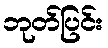
ဘုတ်ပြင်း